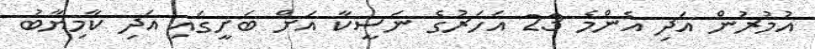
އުމުރުން އަދި އެންމެ 23 އަހަރުގެ ނަސީކާ އަށް ބަށީގައި އަދި ކާމިޔާބު